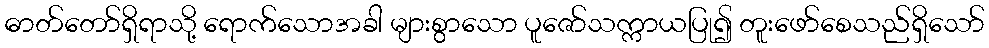
ဓာတ်တော်ရှိရာသို့ ရောက်သောအခါ များစွာသော ပူဇော်သက္ကာယပြု၍ တူးဖော်စေသည်ရှိသော်